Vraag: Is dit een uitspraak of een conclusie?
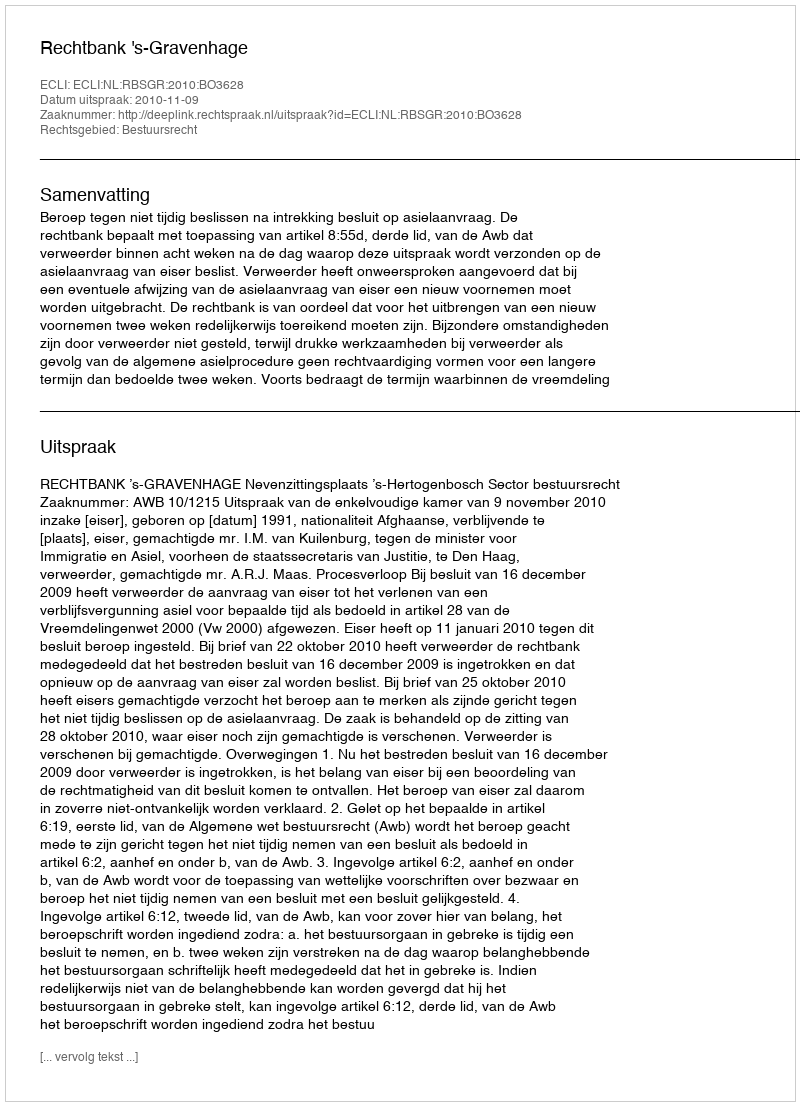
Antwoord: Uitspraak